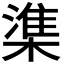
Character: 𬄕